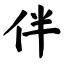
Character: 伴